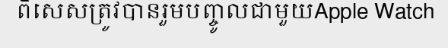
ពិសេសត្រូវបានរួមបញ្ចូលជាមួយApple Watch